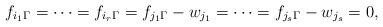
LaTeX: \begin{align*}f_{i_1\Gamma} =\cdots = f_{i_r\Gamma} = f_{j_1\Gamma} - w_{j_1} = \cdots =f_{j_s\Gamma} - w_{j_s} = 0,\end{align*}